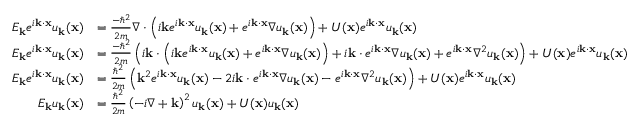
{ \begin{array} { r l } { E _ { \mathbf { k } } e ^ { i \mathbf { k } \cdot \mathbf { x } } u _ { \mathbf { k } } ( \mathbf { x } ) } & { = { \frac { - \hbar ^ { 2 } } { 2 m } } \nabla \cdot \left( i \mathbf { k } e ^ { i \mathbf { k } \cdot \mathbf { x } } u _ { \mathbf { k } } ( \mathbf { x } ) + e ^ { i \mathbf { k } \cdot \mathbf { x } } \nabla u _ { \mathbf { k } } ( \mathbf { x } ) \right) + U ( \mathbf { x } ) e ^ { i \mathbf { k } \cdot \mathbf { x } } u _ { \mathbf { k } } ( \mathbf { x } ) } \\ { E _ { \mathbf { k } } e ^ { i \mathbf { k } \cdot \mathbf { x } } u _ { \mathbf { k } } ( \mathbf { x } ) } & { = { \frac { - \hbar ^ { 2 } } { 2 m } } \left( i \mathbf { k } \cdot \left( i \mathbf { k } e ^ { i \mathbf { k } \cdot \mathbf { x } } u _ { \mathbf { k } } ( \mathbf { x } ) + e ^ { i \mathbf { k } \cdot \mathbf { x } } \nabla u _ { \mathbf { k } } ( \mathbf { x } ) \right) + i \mathbf { k } \cdot e ^ { i \mathbf { k } \cdot \mathbf { x } } \nabla u _ { \mathbf { k } } ( \mathbf { x } ) + e ^ { i \mathbf { k } \cdot \mathbf { x } } \nabla ^ { 2 } u _ { \mathbf { k } } ( \mathbf { x } ) \right) + U ( \mathbf { x } ) e ^ { i \mathbf { k } \cdot \mathbf { x } } u _ { \mathbf { k } } ( \mathbf { x } ) } \\ { E _ { \mathbf { k } } e ^ { i \mathbf { k } \cdot \mathbf { x } } u _ { \mathbf { k } } ( \mathbf { x } ) } & { = { \frac { \hbar ^ { 2 } } { 2 m } } \left( \mathbf { k } ^ { 2 } e ^ { i \mathbf { k } \cdot \mathbf { x } } u _ { \mathbf { k } } ( \mathbf { x } ) - 2 i \mathbf { k } \cdot e ^ { i \mathbf { k } \cdot \mathbf { x } } \nabla u _ { \mathbf { k } } ( \mathbf { x } ) - e ^ { i \mathbf { k } \cdot \mathbf { x } } \nabla ^ { 2 } u _ { \mathbf { k } } ( \mathbf { x } ) \right) + U ( \mathbf { x } ) e ^ { i \mathbf { k } \cdot \mathbf { x } } u _ { \mathbf { k } } ( \mathbf { x } ) } \\ { E _ { \mathbf { k } } u _ { \mathbf { k } } ( \mathbf { x } ) } & { = { \frac { \hbar ^ { 2 } } { 2 m } } \left( - i \nabla + \mathbf { k } \right) ^ { 2 } u _ { \mathbf { k } } ( \mathbf { x } ) + U ( \mathbf { x } ) u _ { \mathbf { k } } ( \mathbf { x } ) } \end{array} }